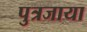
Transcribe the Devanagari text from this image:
पुत्रजाया